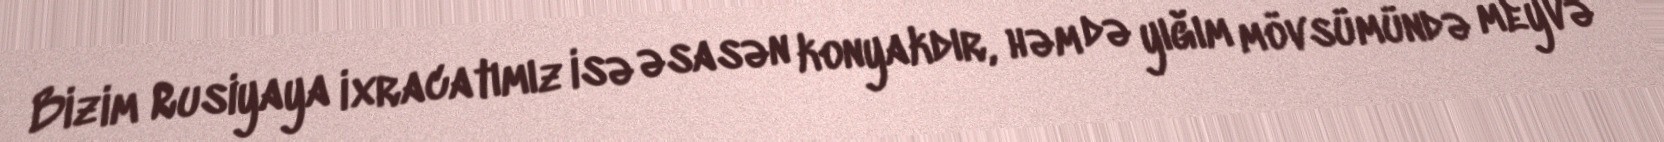
Bizim Rusiyaya ixracatımız isə əsasən konyakdır, həm də yığım mövsümündə meyvə